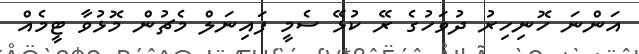
އަންނަ ހޮނިހިރު ދުވަހުގެ ރޭ ކުޅޭ ސެމީ ފައިނަލް މެޗުން މޮޅުވާ ޓީމެއް